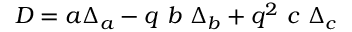
D = a \Delta _ { a } - q \ b \ \Delta _ { b } + q ^ { 2 } \ c \ \Delta _ { c }